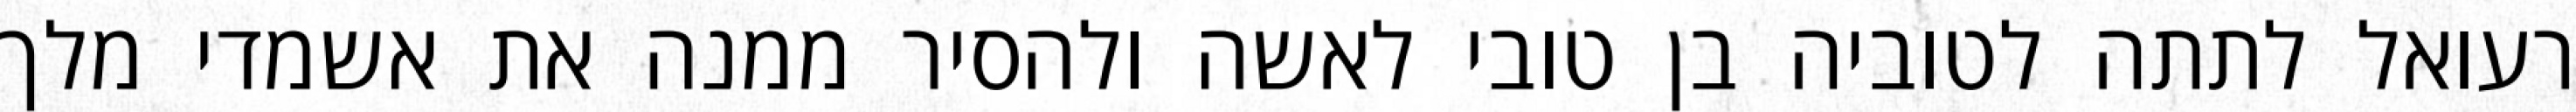
רעואל לתתה לטוביה בן טובי לאשה ולהסיר ממנה את אשמדי מלך